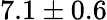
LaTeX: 7.1\pm 0.6